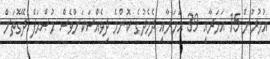
އުމުރުން 15 އަހަރާއި 39 އަހަރާއި ދެމެދުގެ ކޮންމެ ދިވެއްސަކަށްވެސް މުޞްޙަފް ދޭގޮތަށް